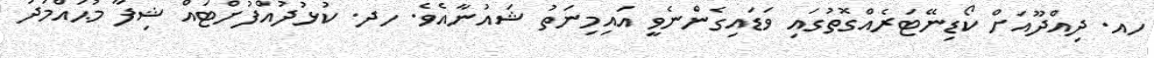
ހއ. ދިއްދޫއަށް ކޯޑިނޭޓަރެއްގޮތުގައި ވަޑައިގެންނެވީ އައިމިނަތު ޝައުނާއެވެ. ހދ. ކުޅުދުއްފުށްޓައް ޝިފާ މުޙައްމަދު